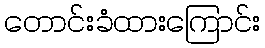
တောင်းခံထားကြောင်း